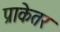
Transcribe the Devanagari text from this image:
प्राकेतर